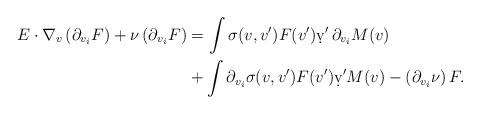
LaTeX: \begin{align*} E \cdot \nabla_v \left( \partial_{ v_i} F \right) + \nu \left( \partial_{ v_i} F \right) & = \int \sigma ( v, v') F ( v') \d v' \, \partial_{ v_i} M ( v) \\ & + \int \partial_{ v_i} \sigma ( v, v') F ( v') \d v' M( v)- \left( \partial_{ v_i} \nu \right) F . \end{align*}